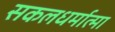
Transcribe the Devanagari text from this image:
सकलधर्मात्मा